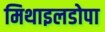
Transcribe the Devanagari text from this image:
मिथाइलडोपा